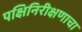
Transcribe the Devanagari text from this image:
पक्षिनिरीक्षणाचा